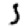
Digit: 5